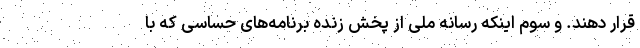
قرار دهند. و سوم اینکه رسانه ملی از پخش زنده برنامه‌های حساسی که با